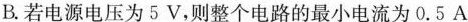
B.若电源电压为5V，则整个电路的最小电流为0.5A